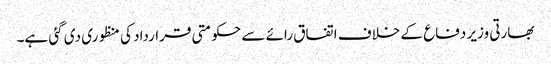
بھارتی وزیر دفاع کے خلاف اتفاق رائے سے حکومتی قرارداد کی منظوری دی گئی ہے۔